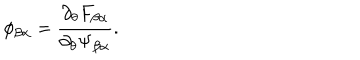
LaTeX: \phi _ { \beta \alpha } = \frac { \partial _ { \theta } F _ { \beta \alpha } } { \partial _ { \theta } \Psi _ { \beta \alpha } } .